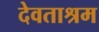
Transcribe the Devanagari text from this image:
देवताश्रम